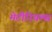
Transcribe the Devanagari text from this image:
मेटीरियल्स